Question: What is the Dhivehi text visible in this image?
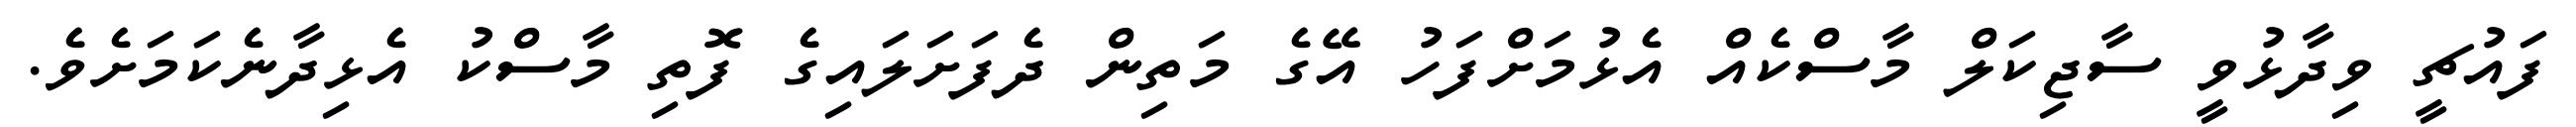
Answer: ފައުޗީ ވިދާޅުވީ ސާޖިކަލް މާސްކެއް އެޅުމަށްފަހު އޭގެ މަތިން ދެފަށަލައިގެ ފޮތި މާސްކު އެޅިދާނެކަމަށެވެ.